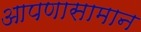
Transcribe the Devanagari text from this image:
आपणासामान